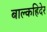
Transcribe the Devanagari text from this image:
बाल्कहिदेर